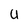
Character: u